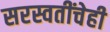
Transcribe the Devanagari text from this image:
सरस्वतींचेही